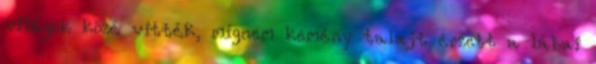
világok közé vitték, mígnem kemény talajt érzett a lábai